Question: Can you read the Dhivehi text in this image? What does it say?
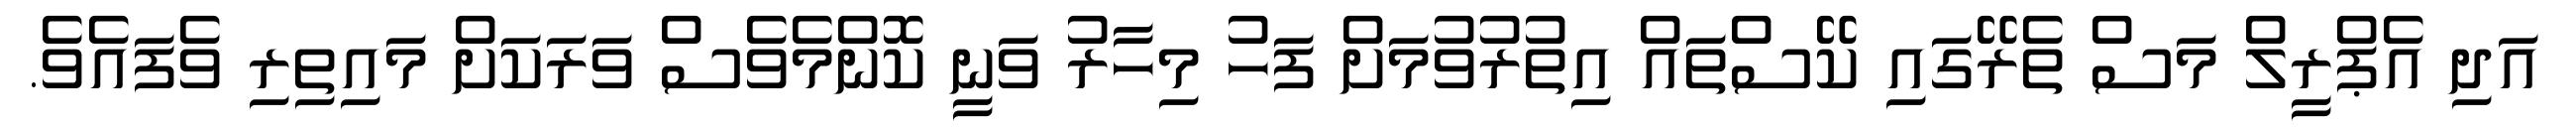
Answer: އަދި އެޕްރީލް މަސް ތެރޭގައި ކޭސްތައް އިތުރުވުމަށް ފަހު މިހާރު ވަނީ ކޮންމެވެސް ވަރަކަށް މައިތިރި ވެފައެވެ.